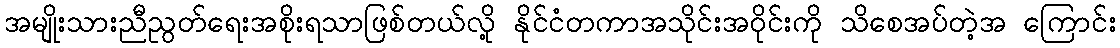
အမျိုးသားညီညွတ်ရေးအစိုးရသာဖြစ်တယ်လို့ နိုင်ငံတကာအသိုင်းအဝိုင်းကို သိစေအပ်တဲ့အ ကြောင်း